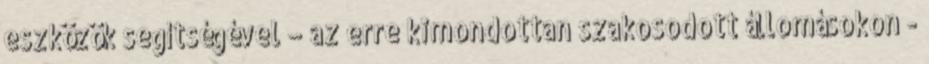
eszközök segítségével – az erre kimondottan szakosodott állomásokon -